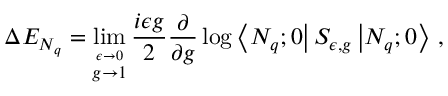
\Delta E _ { N _ { q } } = \operatorname* { l i m } _ { \stackrel { \epsilon \rightarrow 0 } { g \rightarrow 1 } } \frac { i \epsilon g } { 2 } \frac { \partial } { \partial g } \log \left< N _ { q } ; 0 \right| S _ { \epsilon , g } \left| N _ { q } ; 0 \right> \, ,